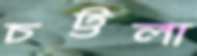
চট্টলা